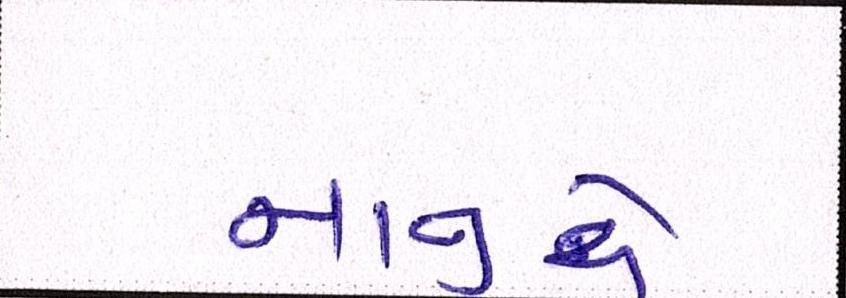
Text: નાનુએ